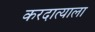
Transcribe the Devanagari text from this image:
करदात्याला